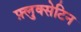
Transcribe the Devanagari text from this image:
फ़्लुक्सेटिन